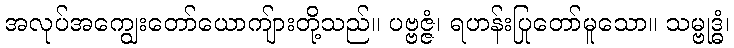
အလုပ်အကျွေးတော်ယောကျ်ားတို့သည်။ ပဗ္ဗဇ္ဇံ၊ ရဟန်းပြုတော်မူသော။ သမ္ဗုဒ္ဓံ၊